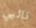
نائبي